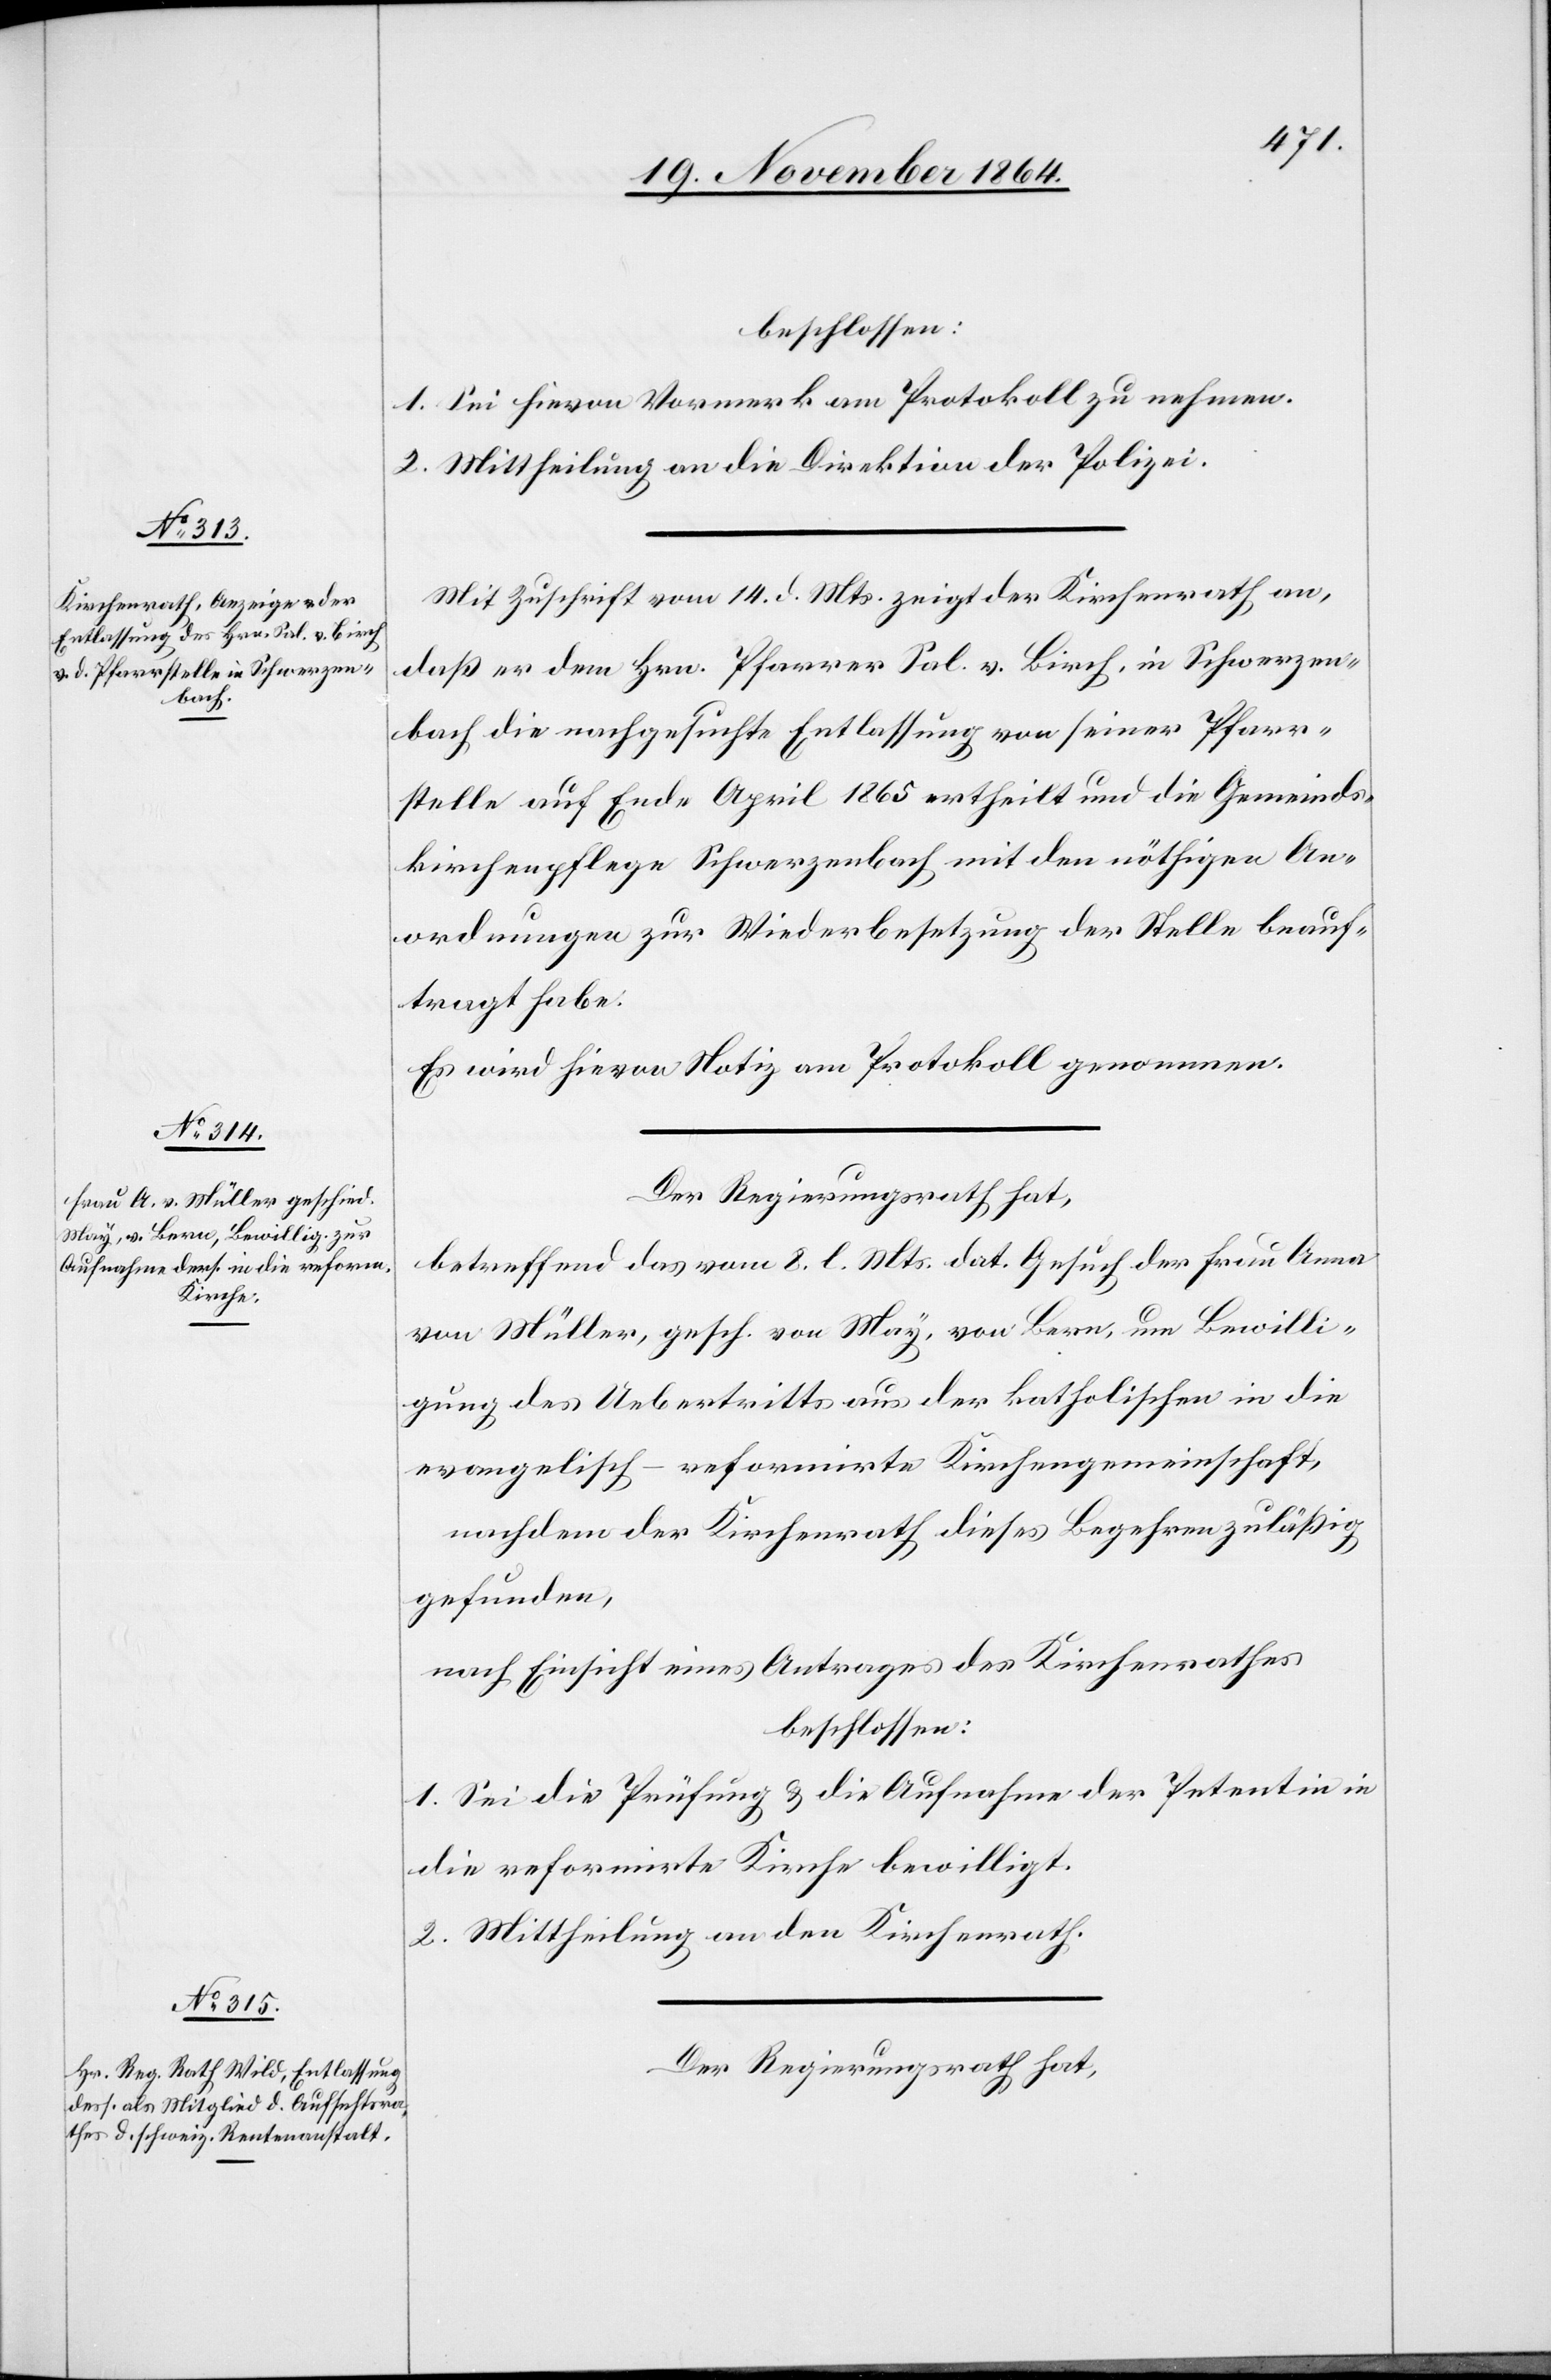
beschlossen:
1. Sei hievon Vormerk am Protokoll zu nehmen.
2. Mittheilung an die Direktion der Polizei.
Mit Zuschrift vom 14. d. Mts. zeigt der Kirchenrath an,
daß er dem Hrn. Pfarrer Sal. v. Birch, in Schwerzen¬
bach die nachgesuchte Entlassung von seiner Pfarr¬
stelle auf Ende April 1865 ertheilt und die Gemeinds¬
kirchenpflege Schwerzenbach mit den nöthigen An¬
ordnungen zur Wiederbesetzung der Stelle beauf¬
tragt habe.
Es wird hievon Notiz am Protokoll genommen.
Der Regierungsrath hat,
betreffend das vom 8. l. Mts. dat. Gesuch der Frau Anna
von Müller, gesch. von May [sic!], von Bern, um Bewilli¬
gung des Uebertritts aus der katholischen in die
evangelisch-reformirte Kirchengemeinschaft,
nachdem der Kirchenrath dieses Begehren zuläßig
gefunden,
nach Einsicht eines Antrages des Kirchenrathes
beschlossen:
1. Sei die Prüfung & die Aufnahme der Petentin in
die reformirte Kirche bewilligt.
2. Mittheilung an den Kirchenrath.
Der Regierungsrath hat,